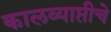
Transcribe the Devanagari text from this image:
कालव्याप्तीचे